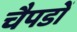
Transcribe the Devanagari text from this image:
चैपडों